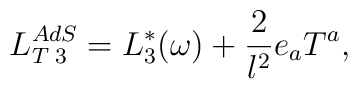
L_{T\;3}^{AdS}=L_{3}^{*}(\omega )+\frac{2}{l^{2}}e_{a}T^{a},